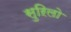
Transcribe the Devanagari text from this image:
सुऱिलो